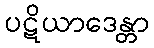
ပဋိယာဒေန္တာ